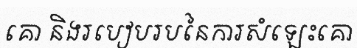
គោ និងរបៀបរបនៃការសំឡេះគោ